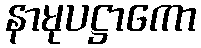
နာမုပဋ္ဌာကော